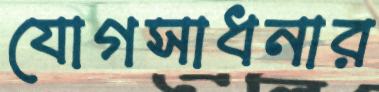
যোগসাধনার